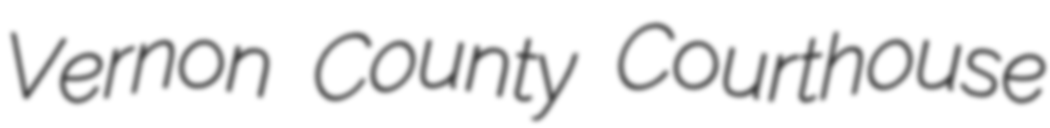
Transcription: Vernon County Courthouse